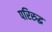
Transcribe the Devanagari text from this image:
परिरुद्ध